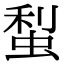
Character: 䖽